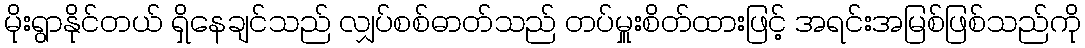
မိုးရွာနိုင်တယ် ရှိနေချင်သည် လျှပ်စစ်ဓာတ်သည် တပ်မှူးစိတ်ထားဖြင့် အရင်းအမြစ်ဖြစ်သည်ကို